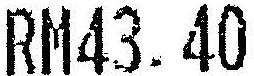
RM43.40